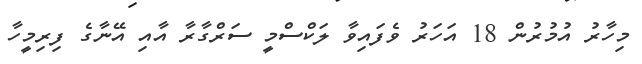
މިހާރު އުމުރުން 18 އަހަރު ވެފައިވާ ލަކްސްމީ ސަރްގާރާ އާއި އޭނާގެ ފިރިމީހާ